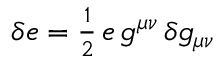
\begin{array} { r } { \delta e = \frac { 1 } { 2 } \, e \, g ^ { \mu \nu } \, \delta g _ { \mu \nu } } \end{array}